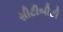
સીટીબીટી